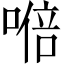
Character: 𭉩